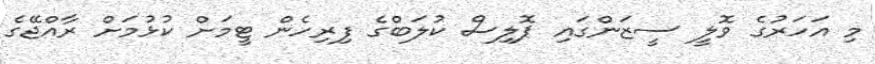
މި އަހަރުގެ ވޮލީ ސީޒަންގައި ޕޮލިސް ކުލަބްގެ ފިރިހެން ޓީމަށް ކުޅުމަށް ރާއްޖޭގެ